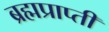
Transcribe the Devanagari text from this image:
ब्रह्मप्राप्ती